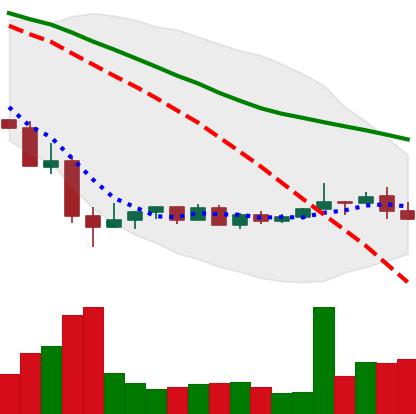
Ticker: NEO-USD
Chart end date: 2022-05-27
Forward return: 8.994%
Label: up_7plus